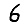
Digit: 6